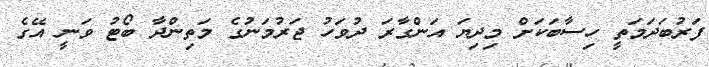
ފަރުބަދަމަތީ ހިސާބަކަށް މިދިޔަ އަންގާރަ ދުވަހު ޖަރުމަނުގެ މަތިންދާ ބޯޓު ވަނީ އޭގެ